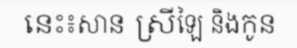
នេះ៖សាន ស្រីឡៃ និងកូន